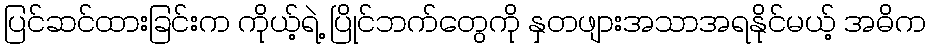
ပြင်ဆင်ထားခြင်းက ကိုယ့်ရဲ့ ပြိုင်ဘက်တွေကို နှတဖျားအသာအရနိုင်မယ့် အဓိက